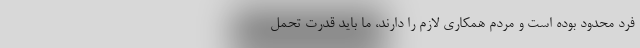
فرد محدود بوده است و مردم همکاری لازم را دارند، ما باید قدرت تحمل